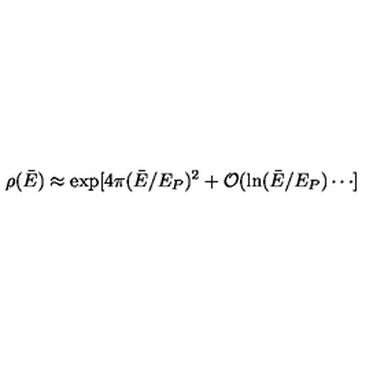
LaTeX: \rho ( \bar { E } ) \approx \exp [ 4 \pi ( \bar { E } / E _ { P } ) ^ { 2 } + { \cal O } ( \ln ( \bar { E } / E _ { P } ) \cdots ]